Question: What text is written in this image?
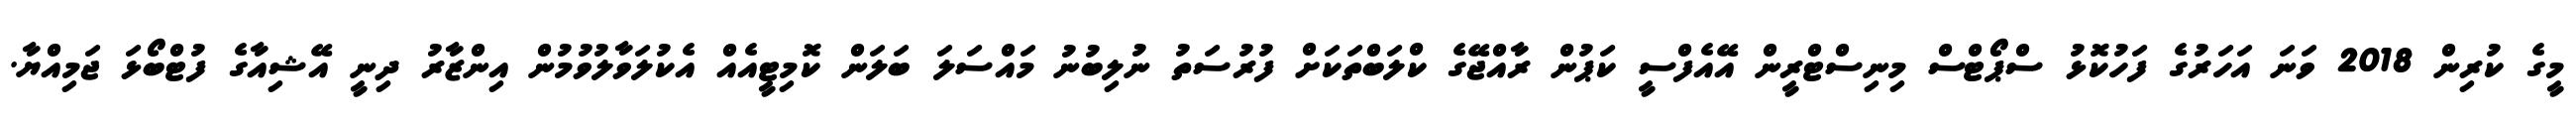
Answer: މީގެ ކުރިން 2018 ވަނަ އަހަރުގެ ފަހުކޮޅު ސްޕޯޓްސް މިނިސްޓްރީން އޭއެފްސީ ކަޕުން ރާއްޖޭގެ ކްލަބްތަކަށް ފުރުސަތު ނުލިބުނު މައްސަލަ ބަލަން ކޮމިޓީއެއް އެކުލަވާލުވުމުން އިންޒާރު ދިނީ އޭޝިއާގެ ފުޓްބޯޅަ ޖަމިއްޔާ.